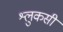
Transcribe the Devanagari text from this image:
श्लुकसी